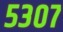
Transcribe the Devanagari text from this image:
५३०७